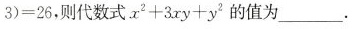
3 ) = 2 6$$，则代数式 $$x ^ { 2 } + 3 x y + y ^ { 2 }$$ 的值为。